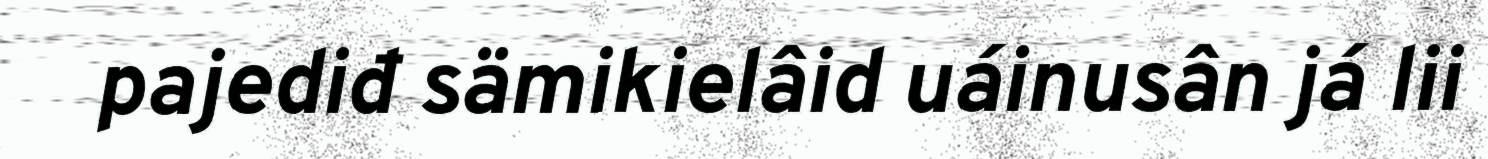
pajediđ sämikielâid uáinusân já lii